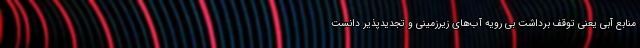
منابع آبی یعنی توقف برداشت بی رویه آب‌های زیرزمینی و تجدیدپذیر دانست